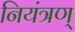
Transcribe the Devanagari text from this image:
नियंत्रण्